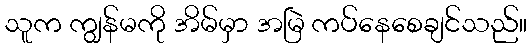
သူက ကျွန်မကို အိမ်မှာ အမြဲ ကပ်နေစေချင်သည်။